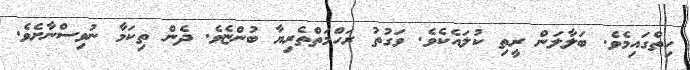
ހިތްގައިމެވެ. ބަލާލަން ރީތި ކުލައެކެވެ. ވަގުތު ރަހްމަތްތެރިޔާ ބުންޏެވެ. ދެން ތިކަމާ ނުވިސްނާށެވެ.